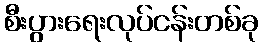
စီးပွားရေးလုပ်ငန်းတစ်ခု